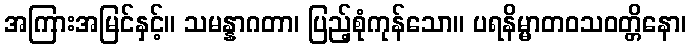
အကြားအမြင်နှင့်။ သမန္နာဂတာ၊ ပြည့်စုံကုန်သော။ ပရနိမ္မာတဝသဝတ္တိနော၊